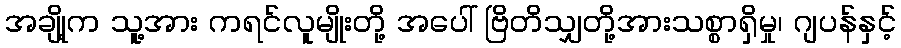
အချို့က သူ့အား ကရင်လူမျိုးတို့ အပေါ် ဗြိတိသျှတို့အားသစ္စာရှိမှု၊ ဂျပန်နှင့်